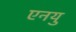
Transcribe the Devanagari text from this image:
एनयु